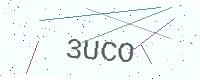
Text: 3UCO